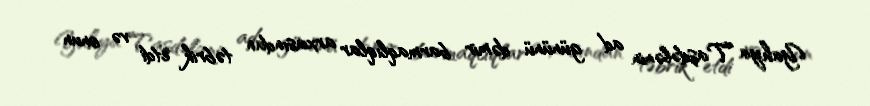
Yahya Taşdələnin ad gününü dəmir barmaqlıqlar arxasından təbrik etdi və onun